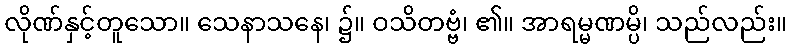
လိုဏ်နှင့်တူသော။ သေနာသနေ၊ ၌။ ဝသိတဗ္ဗံ၊ ၏။ အာရမ္မဏမ္ပိ၊ သည်လည်း။